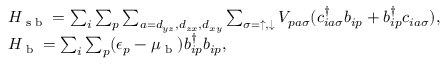
\begin{array} { r l } & { H _ { \textrm { s b } } = \sum _ { i } \sum _ { p } \sum _ { a = d _ { y z } , d _ { z x } , d _ { x y } } \sum _ { \sigma = \uparrow , \downarrow } V _ { p a \sigma } ( c _ { i a \sigma } ^ { \dagger } b _ { i p } + b _ { i p } ^ { \dagger } c _ { i a \sigma } ) , } \\ & { H _ { \textrm { b } } = \sum _ { i } \sum _ { p } ( \epsilon _ { p } - \mu _ { \textrm { b } } ) b _ { i p } ^ { \dagger } b _ { i p } , } \end{array}